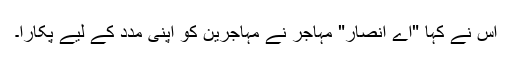
اس نے کہا "اے انصار" مہاجر نے مہاجرین کو اپنی مدد کے لیے پکارا۔